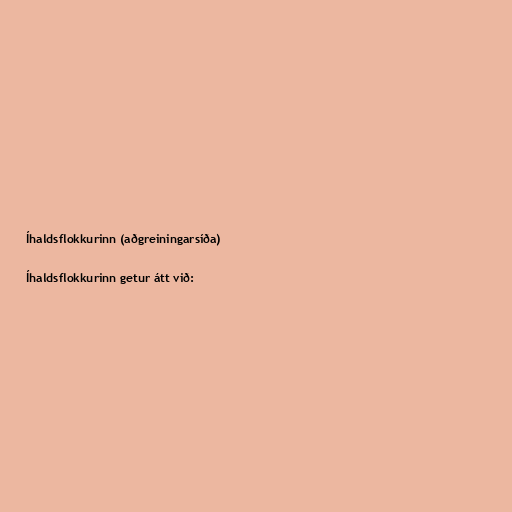
Íhaldsflokkurinn (aðgreiningarsíða)

Íhaldsflokkurinn getur átt við: